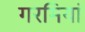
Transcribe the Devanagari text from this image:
गरमियां